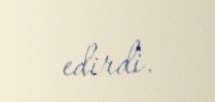
edirdi.